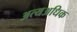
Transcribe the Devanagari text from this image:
अत्यअधिक